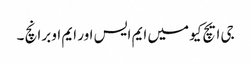
جی ایچ کیو میں ایم ایس اور ایم او برانچ ۔